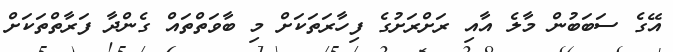
އޭގެ ސަބަބުން މާލެ އާއި ރަށްރަށުގެ ފިހާރަތަކަށް މި ބާވަތްތައް ގެންދާ ފަރާތްތަކަށް